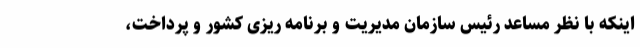
اینکه با نظر مساعد رئیس سازمان مدیریت و برنامه ریزی کشور و پرداخت،